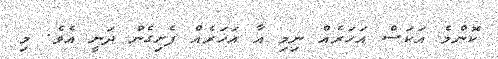
ކޮންމެ އަކަސް އަހަރެއް ނިމި އާ އަހަރެއް ފެށިގެން ދަނީ އެވެ. މި